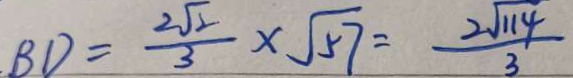
B D = \frac { 2 \sqrt { 2 } } { 3 } \times \sqrt { 5 7 } = \frac { 2 \sqrt { 1 1 4 } } { 3 }